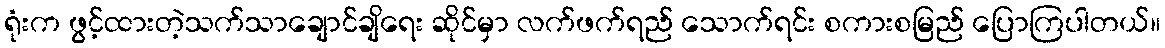
ရုံးက ဖွင့်ထားတဲ့သက်သာချောင်ချိရေး ဆိုင်မှာ လက်ဖက်ရည် သောက်ရင်း စကားစမြည် ပြောကြပါတယ်။